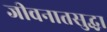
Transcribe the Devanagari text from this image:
जीवनातसुद्धा